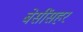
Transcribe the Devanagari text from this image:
बेसींसहर